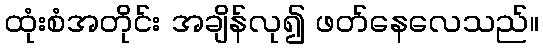
ထုံးစံအတိုင်း အချိန်လု၍ ဖတ်နေလေသည်။